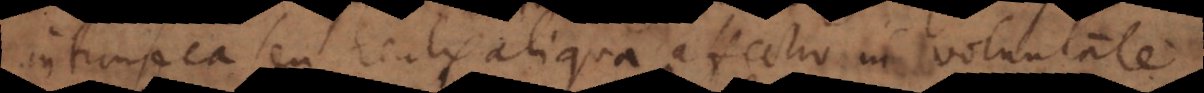
intrinseca seu realis aliqua affectio in voluntate.